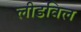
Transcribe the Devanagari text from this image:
लीडविल